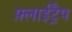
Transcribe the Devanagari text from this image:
फ़्लाईट्रैप